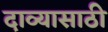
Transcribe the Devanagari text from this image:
दाव्यासाठी